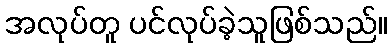
အလုပ်တူ ပင်လုပ်ခဲ့သူဖြစ်သည်။